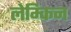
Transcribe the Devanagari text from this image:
लेम्किन